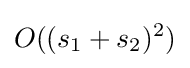
O((s_{1}+s_{2})^{2})